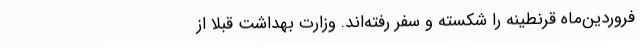
فروردین‌ماه قرنطینه را شکسته و سفر رفته‌اند. وزارت بهداشت قبلا از